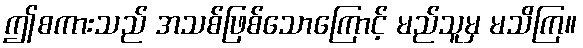
ဤစကားသည် အသစ်ဖြစ်သောကြောင့် မည်သူမှ မသိကြ။